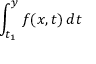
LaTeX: \int _ { t _ { 1 } } ^ { y } f ( x , t ) \, d t